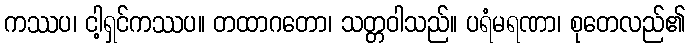
ကဿပ၊ ငါ့ရှင်ကဿပ။ တထာဂတော၊ သတ္တဝါသည်။ ပရံမရဏာ၊ စုတေလည်၏